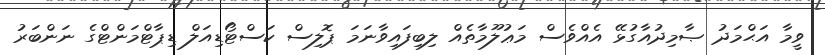
ވީމާ އަޙްމަދު ޞާމިދުއާގުޅޭ އެއްވެސް މަޢުލޫމާތެއް ލިބިފައިވާނަމަ ޕޮލިސް ކަސްޓޯޑިއަލް ޑިޕާޓްމަންޓްގެ ނަންބަރު